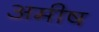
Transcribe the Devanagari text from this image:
अमीष